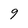
Character: 9